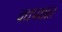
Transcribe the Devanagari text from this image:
वद्यपक्षात